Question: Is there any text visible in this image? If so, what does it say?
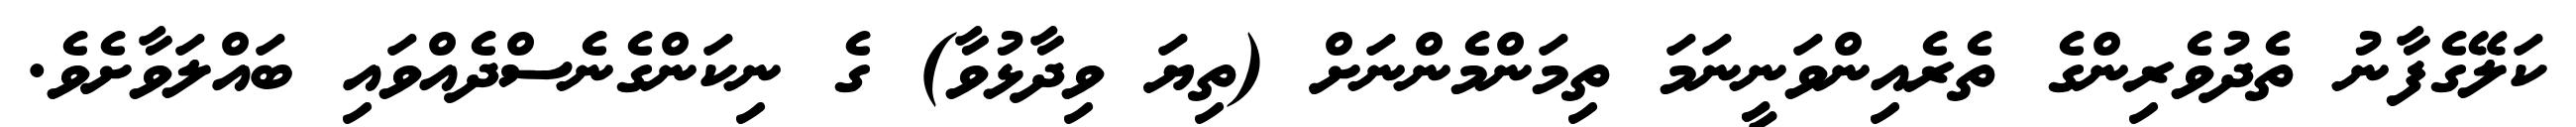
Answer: ކަލޭގެފާނު ތެދުވެރިންގެ ތެރެއިންވަނީނަމަ ތިމަންމެންނަށް (ތިޔަ ވިދާޅުވާ) ގެ ނިކަންގެނެސްދެއްވައި ބައްލަވާށެވެ.